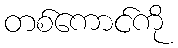
တစ်ကောင်ကို